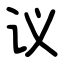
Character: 议